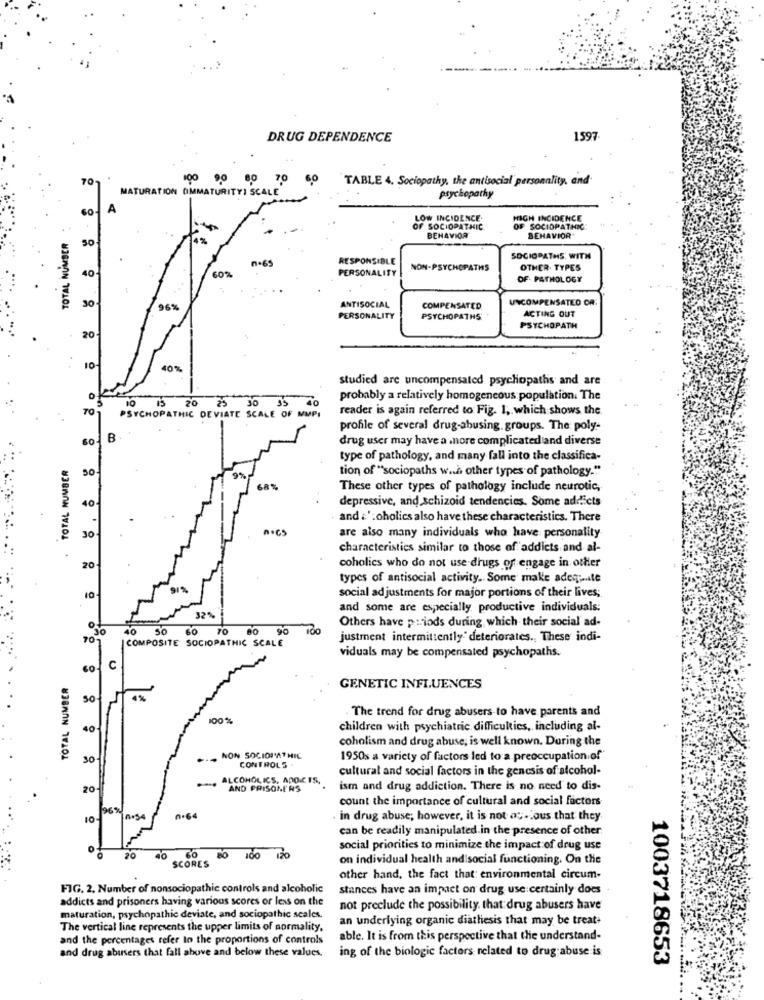
DRUG DEPENDENCE
1597
70.
100
90
80
70
60
"TABLE 4. Sociopathy, the antisocial personality, and'
MATURATION OMMATURITYI SCALE
psychopathy
A
LOW INCIDENCE.
HIGH INCIDENCE
OF SOCIOPATHIC
OF SOCIOPATHIC
TOTAL NUMBER
50
BEHAVIOR
BEHAVIOR
RESPONSIBLE
SOCIOPATHS: WITH
40
60%
n.65
PERSONALITY
NON-PSYCHOPATHS
OTHER. TYPES
OF- PATHOLOGY
UNCOMPENSATED OR:
96%
ANTISOCIAL
COMPENSATED
ACTING OUT
PERSONALITY
PSYCHOPATHS'
PSYCHOPATH
20
10
40%
studied are uncompensated psychopaths and are
ok
10
15 20
35
probably a relatively homogeneous population. The
70
PSYCHOPATHIC DEVIATE SCALE OF MMPI
25 30
reader is again referred to Fig. 1, which shows the
profile of several drug-abusing. groups. The poly-
B
drug user may have a more complicated and diverse
TOTAL NUMBER
type of pathology, and many fall into the classifica-
50
tion of "sociopaths wah other types of pathology."
These other types of pathology include neurotic,
40
depressive, and schizoid tendencies. Some addicts
and :' :oholics also have these characteristics. There
are also many individuals who have personality
30
characteristics similar to those of addicts and al-
20
coholics who do not use drugs of engage in other
types of antisocial activity. Some make adeg ;... te
social adjustments for major portions of their lives;
and some are especially productive individuals:
32%
Others have p : jods during which their social ad-
40
50 60 70
90
COMPOSITE SOCIOPATHIC SCALE
justment intermittently" deteriorates ., These indi-
viduals may be compensated psychopaths.
C
TOTAL NUMBER
GENETIC INFLUENCES
50
4%
The trend for drug abusers to have parents and
100%
40-
children with psychiatric difficulties, including al-
coholism and drug abuse, is well known. During the
30
.. NON SOCIOPATHIC
CONTROLS .
1950s a variety of factors led to a preoccupation of"
cultural and social factors in the genesis of alcohol-
ALCOHOLICS, ADOCTS.
20
ism and drug addiction. There is no need to dis-
count the importance of cultural and social factors
96%
10-
0.6
in drug abuse; however, it is not ac. ous that they
can be readily manipulated.in the presence of other
social priorities to minimize the impact of drug use
20
SCORES
BO
100
120
on individual health and social functioning. On the
other hand, the fact that: environmental circum-
FIG. 2. Number of nonsociopathic controls and alcoholic
stances have an impact on drug use certainly does
addicts and prisoners having various scores or less on the
not preclude the possibility that drug abusers have
maturation, psychopathic deviate, and sociopathic scales.
an underlying organic diathesis that may be treat+
The vertical line represents the upper limits of normality,
and the percentages refer to the proportions of controls
able. It is from this perspective that the understand-
and drug abusers that fall above and below these values.
ing of the biologic factors related to drug abuse is
1003718653